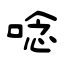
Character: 唸